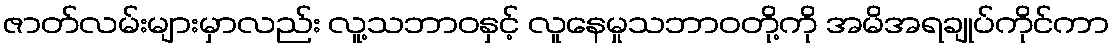
ဇာတ်လမ်းများမှာလည်း လူ့သဘာဝနှင့် လူနေမှုသဘာဝတို့ကို အမိအရချုပ်ကိုင်ကာ